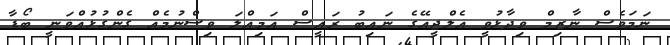
ނަމަވެސް ނާޒިމް ވިދާޅުވީ އެލްޖީއޭގެ ނައިބު ރައީސް އަމިއްލަ ވިސްނުމެއް ގެންގުޅުއްވަނީ ބޯޑާ